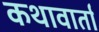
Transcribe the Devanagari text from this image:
कथावार्ता